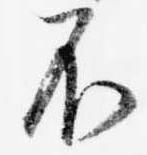
不